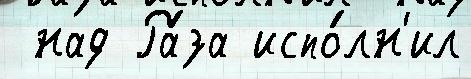
 над Ра́за испо́лн'ил